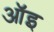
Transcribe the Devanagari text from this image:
ऑइ